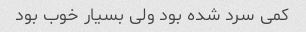
کمی سرد شده بود ولی بسیار خوب بود